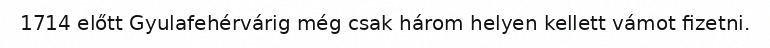
1714 előtt Gyulafehérvárig még csak három helyen kellett vámot fizetni.